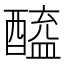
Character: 𬪲